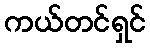
ကယ်တင်ရှင်